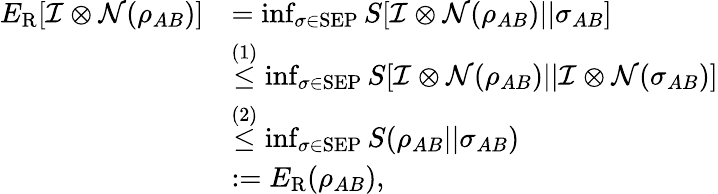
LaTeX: \begin{array}{rl}{E_{\mathrm{R}}[\mathcal{I}\otimes\mathcal{N}(\rho_{AB})]}&{=\operatorname*{inf}_{\sigma\in\mathrm{SEP}}S[\mathcal{I}\otimes\mathcal{N}(\rho_{AB})||\sigma_{AB}]}\\ &{\overset{(1)}{\leq}\operatorname*{inf}_{\sigma\in\mathrm{SEP}}S[\mathcal{I}\otimes\mathcal{N}(\rho_{AB})||\mathcal{I}\otimes\mathcal{N}(\sigma_{AB})]}\\ &{\overset{(2)}{\leq}\operatorname*{inf}_{\sigma\in\mathrm{SEP}}S(\rho_{AB}||\sigma_{AB})}\\ &{:=E_{\mathrm{R}}(\rho_{AB}),}\end{array}